DOW-UAP-D49, Launch Summary, Vandenberg AFB, 2000
Agency: Department of War
Incident date: 2/3/00
Page 85
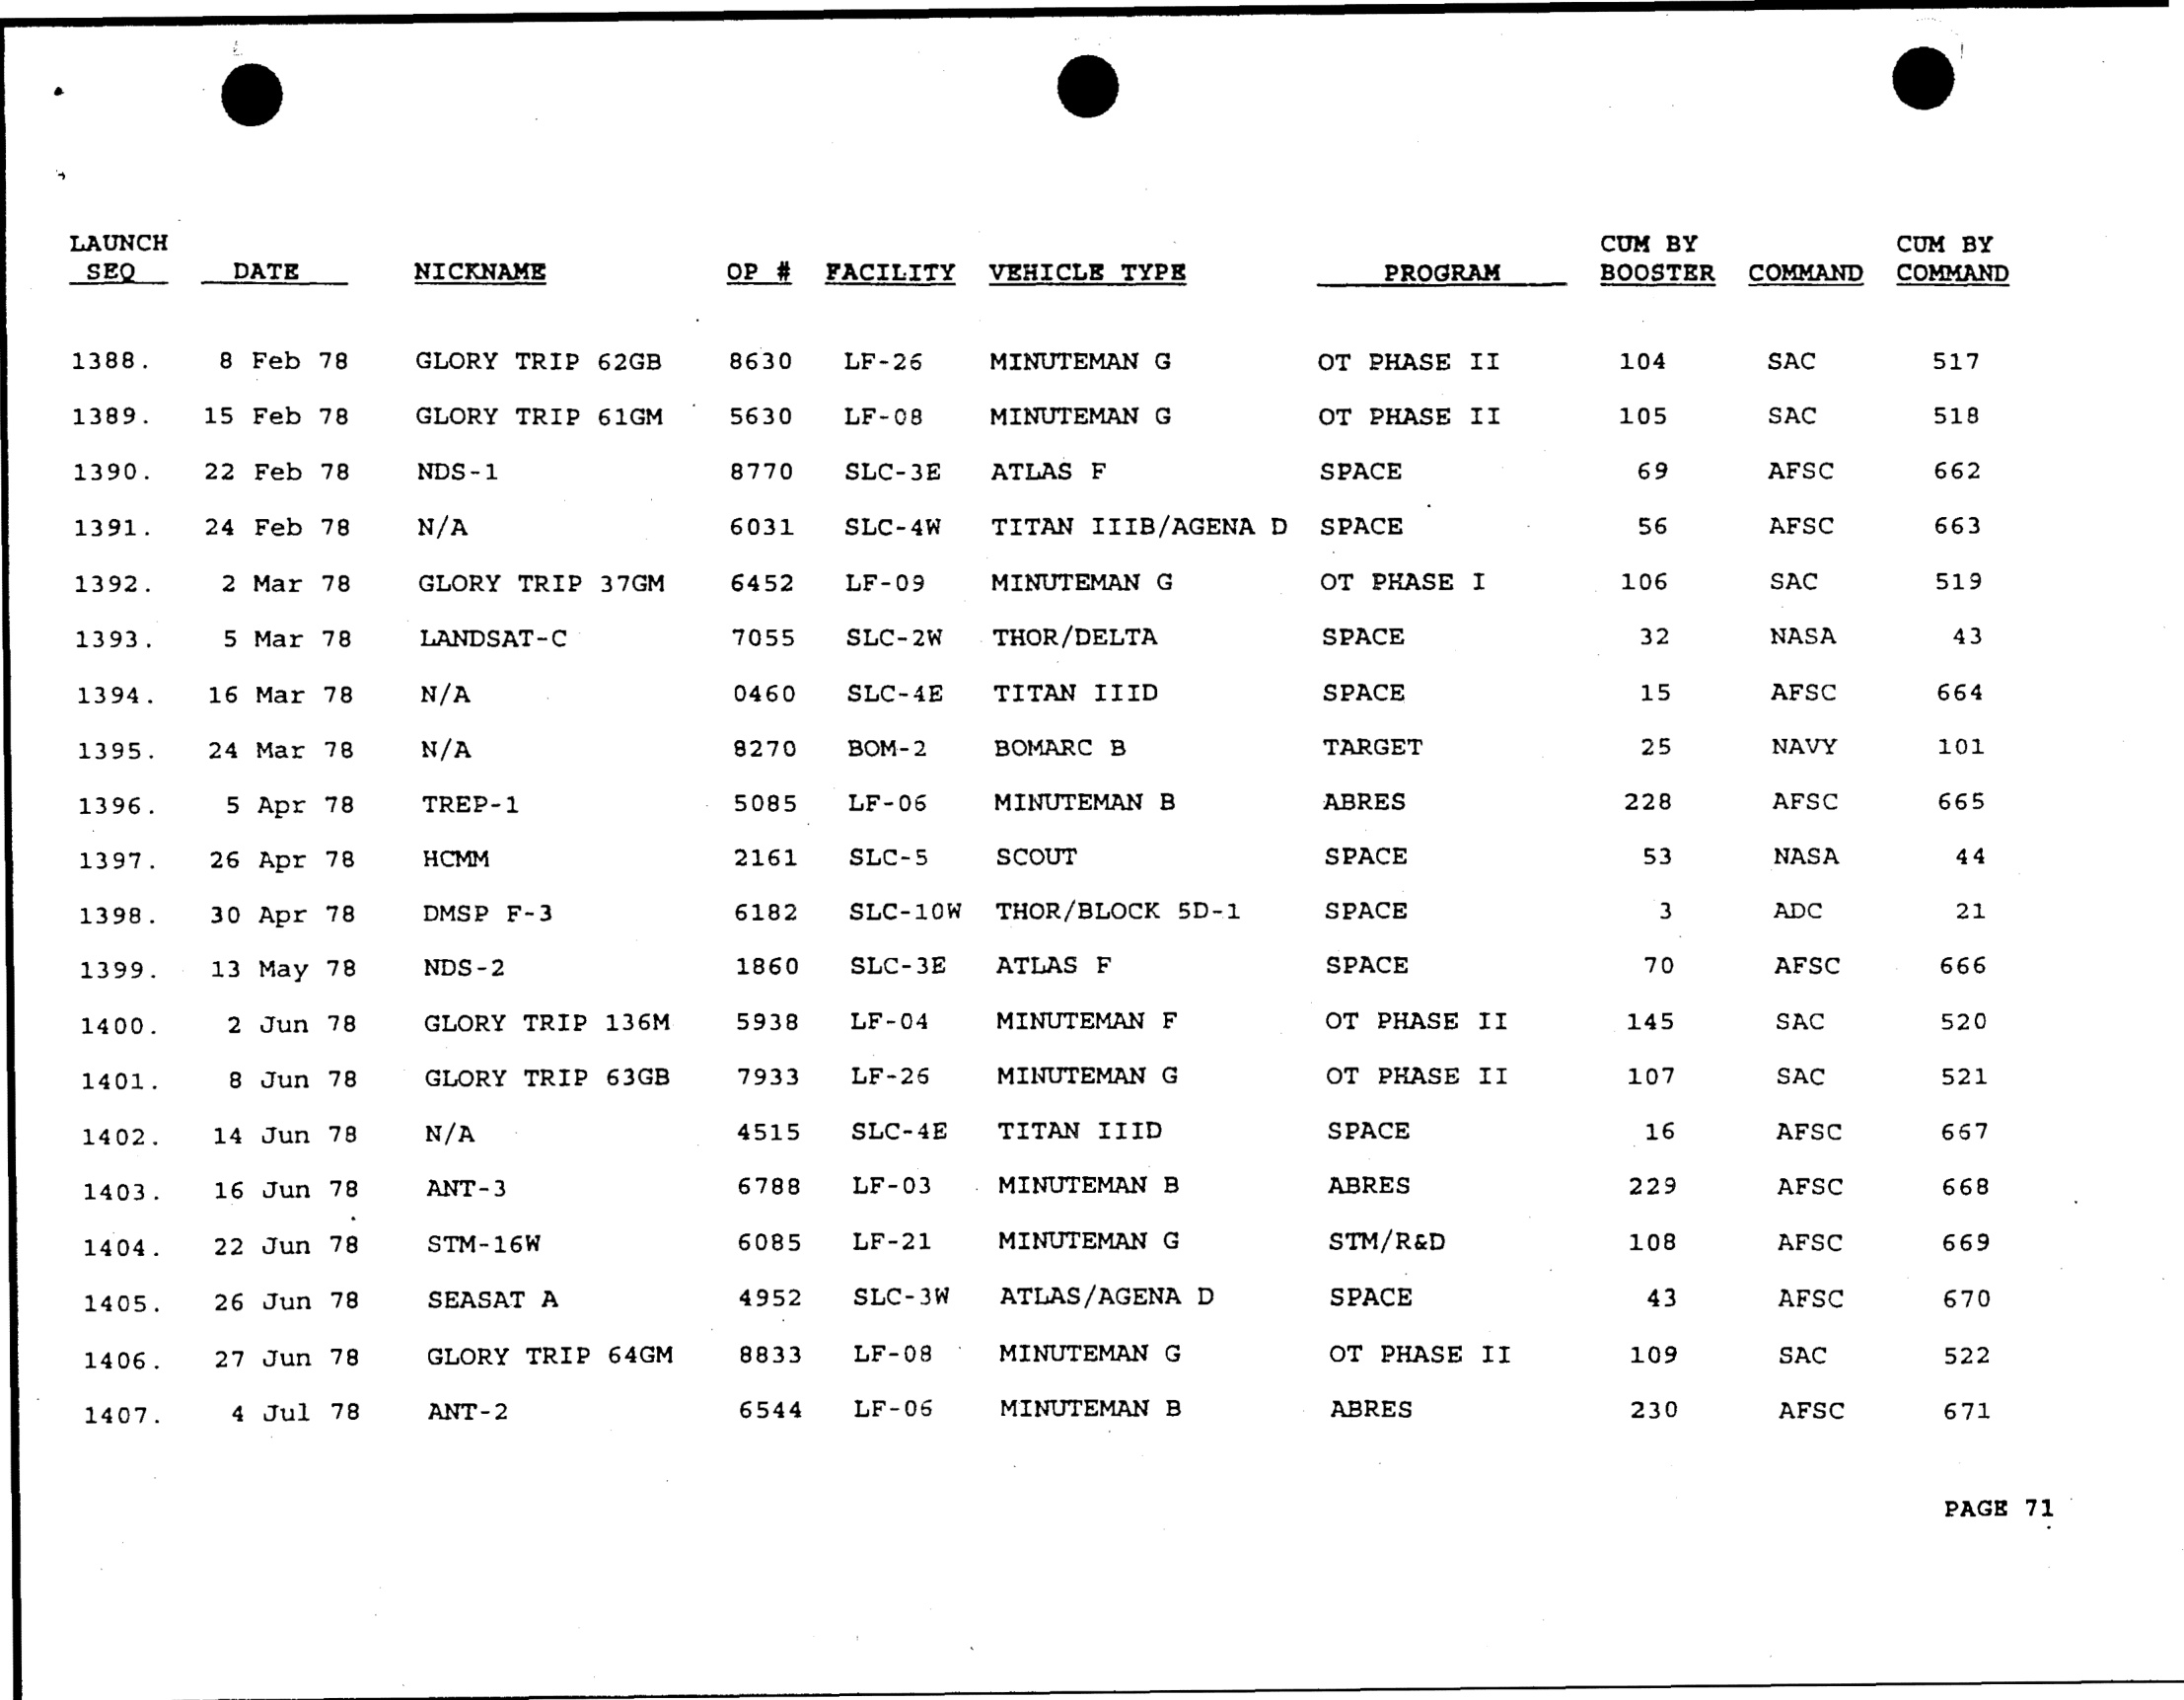